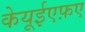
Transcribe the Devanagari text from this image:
केयूईएफ़ए